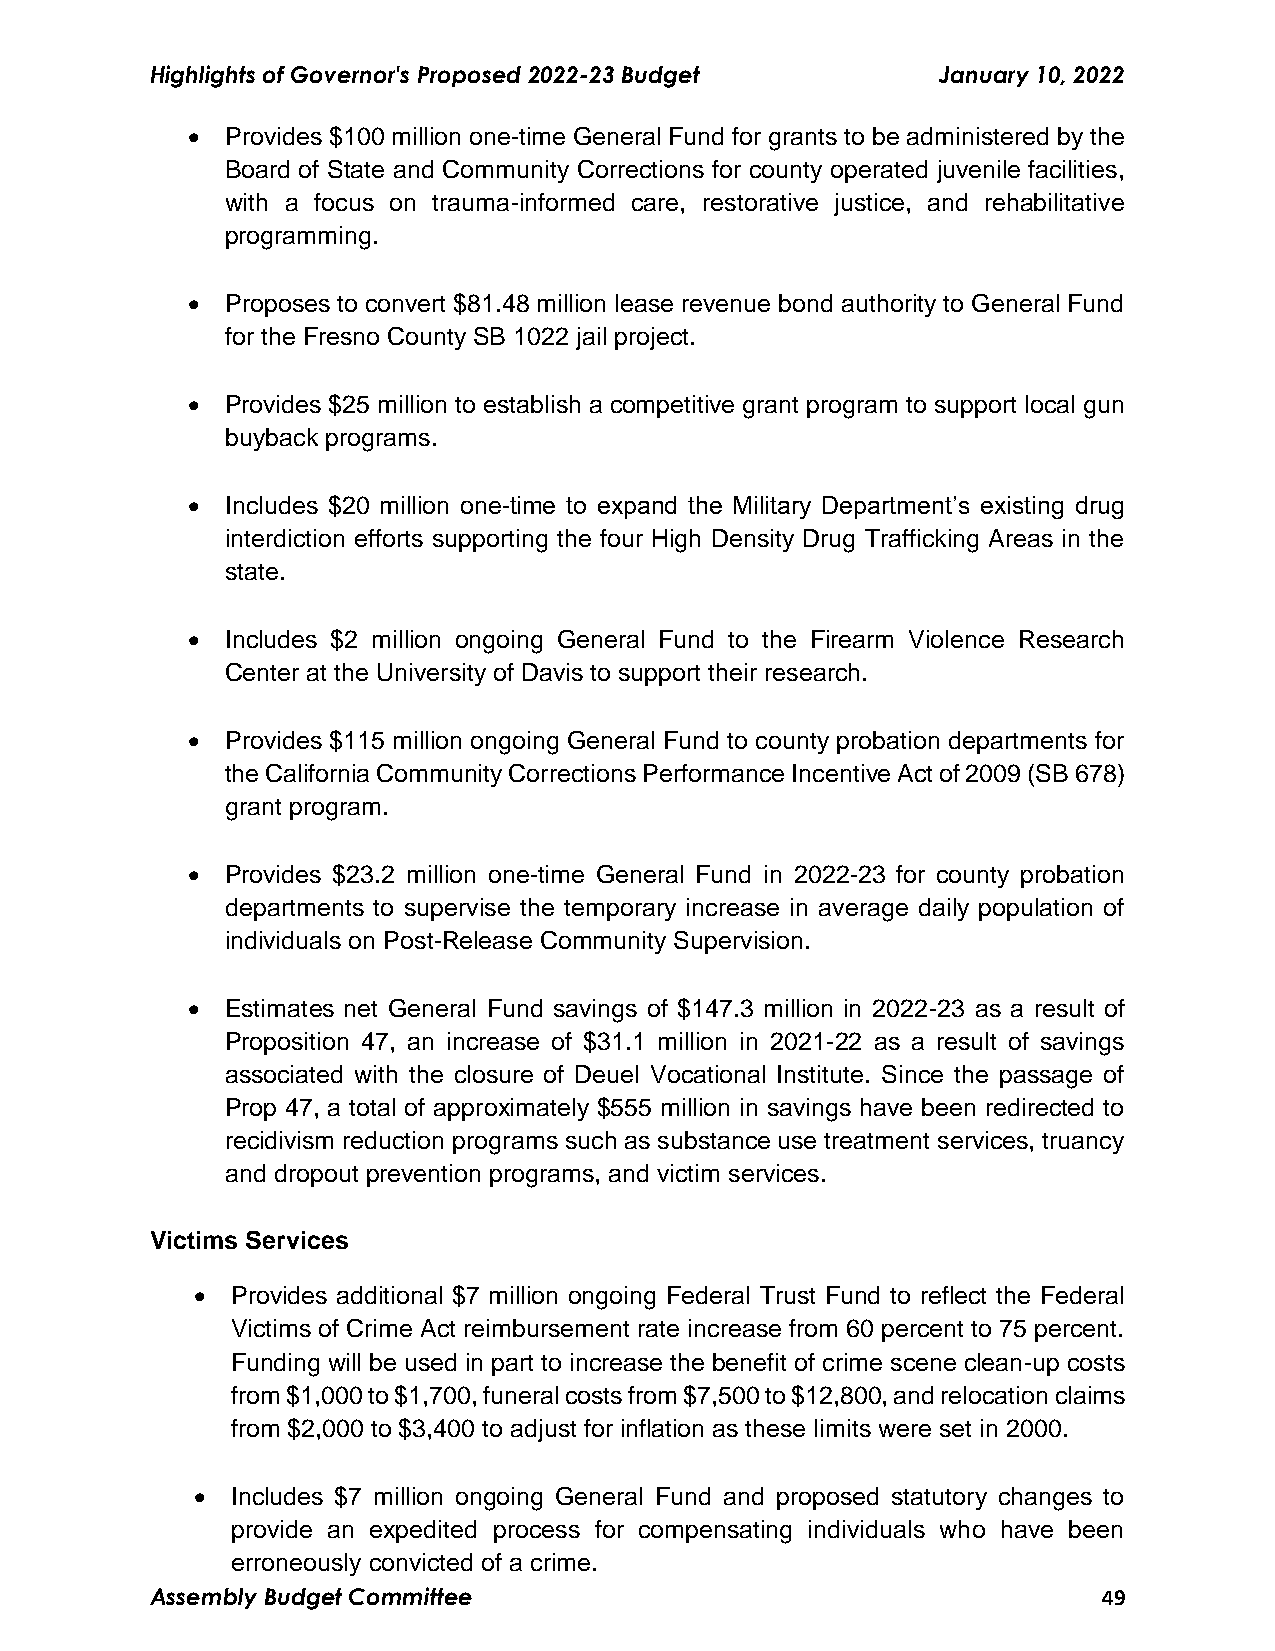
Highlights of Governor's Proposed 2022-23 Budget    January 10, 2022
   Provides $100 million one-time General Fund for grants to be administered by the
 Board of State and Community Corrections for county operated juvenile facilities,
 with a focus on trauma-informed care, restorative justice, and rehabilitative
 programming.
   Proposes to convert $81.48 million lease revenue bond authority to General Fund
 for the Fresno County SB 1022 jail project.
   Provides $25 million to establish a competitive grant program to support local gun
 buyback programs.
   Includes $20 million one-time to expand the Military Department’s existing drug
 interdiction efforts supporting the four High Density Drug Trafficking Areas in the
 state.
   Includes $2 million ongoing General Fund to the Firearm Violence Research
 Center at the University of Davis to support their research.
   Provides $115 million ongoing General Fund to county probation departments for
 the California Community Corrections Performance Incentive Act of 2009 (SB 678)
 grant program.
   Provides $23.2 million one-time General Fund in 2022-23 for county probation
 departments to supervise the temporary increase in average daily population of
 individuals on Post-Release Community Supervision.
   Estimates net General Fund savings of $147.3 million in 2022-23 as a result of
 Proposition 47, an increase of $31.1 million in 2021-22 as a result of savings
 associated with the closure of Deuel Vocational Institute. Since the passage of
 Prop 47, a total of approximately $555 million in savings have been redirected to
 recidivism reduction programs such as substance use treatment services, truancy
 and dropout prevention programs, and victim services.
 Victims Services
  Provides additional $7 million ongoing Federal Trust Fund to reflect the Federal
 Victims of Crime Act reimbursement rate increase from 60 percent to 75 percent.
 Funding will be used in part to increase the benefit of crime scene clean-up costs
 from $1,000 to $1,700, funeral costs from $7,500 to $12,800, and relocation claims
 from $2,000 to $3,400 to adjust for inflation as these limits were set in 2000.
  Includes $7 million ongoing General Fund and proposed statutory changes to
 provide an expedited process for compensating individuals who have been
 erroneously convicted of a crime.
 Assembly Budget Committee                                      49